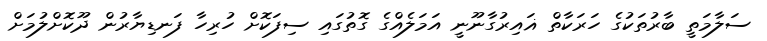
ސަލާމަތީ ބާރުތަކުގެ ހަރަކާތް ޣައިރުގާނޫނީ އަމަލެއްގެ ގޮތުގައި ސިފަކޮށް ހުރިހާ ފަނޑިޔާރުން ދޫކޮށްލުމަށް